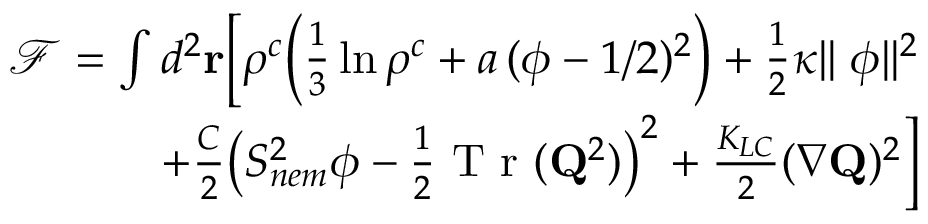
\begin{array} { r } { \mathcal { F } = \int d ^ { 2 } \mathbf { r } \bigg [ \rho ^ { c } \Big ( \frac { 1 } { 3 } \ln \rho ^ { c } + a \, ( \phi - 1 / 2 ) ^ { 2 } \Big ) + \frac { 1 } { 2 } \kappa | | \mathbf { \nabla } \phi | | ^ { 2 } } \\ { + \frac { C } { 2 } \big ( S _ { n e m } ^ { 2 } \phi - \frac { 1 } { 2 } \mathrm { ~ T ~ r ~ } ( \mathbf { Q } ^ { 2 } ) \big ) ^ { 2 } + \frac { K _ { L C } } { 2 } ( \nabla \mathbf { Q } ) ^ { 2 } \bigg ] } \end{array}